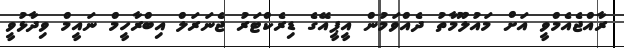
ރާއްޖެއެމްވީ އަށް މައުލޫމާތު ދެއްވަމުން އީޕީއޭގެ ޑިރެކްޓަރު ޖެނަރަލް އިބްރާހީމް ނައީމް ވިދާޅުވީ